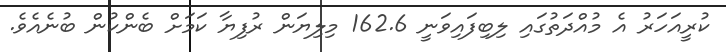
ކުރީއަހަރު އެ މުއްދަތުގައި ލިބިފައިވަނީ 162.6 މިލިޔަން ރުފިޔާ ކަމަށް ބެންކުން ބުނެއެވެ.